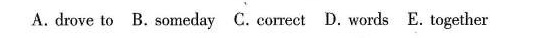
A.drove to B.Someday C.Correct D.Words E.Together